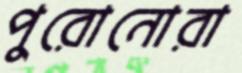
পুরোনোরা